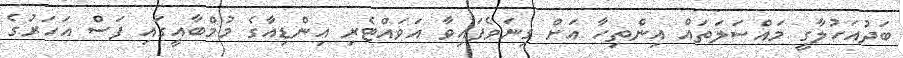
ބަދުއަހުލާގީ މައްސަލަތައް އިންތިހާ އަށް ގިނަވެފައިވާ އަވައްޓެރި އިންޑިއާގެ މުމްބާއީގައި ފަސް އަހަރުގެ